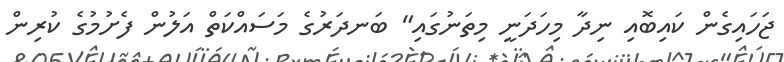
ޖަހައިގެން ކައިބޮއި ނިދާ މިހަދަނީ މިތަނުގައި" ބަނދަރުގެ މަސައްކަތް އަލުން ފެށުމުގެ ކުރިން